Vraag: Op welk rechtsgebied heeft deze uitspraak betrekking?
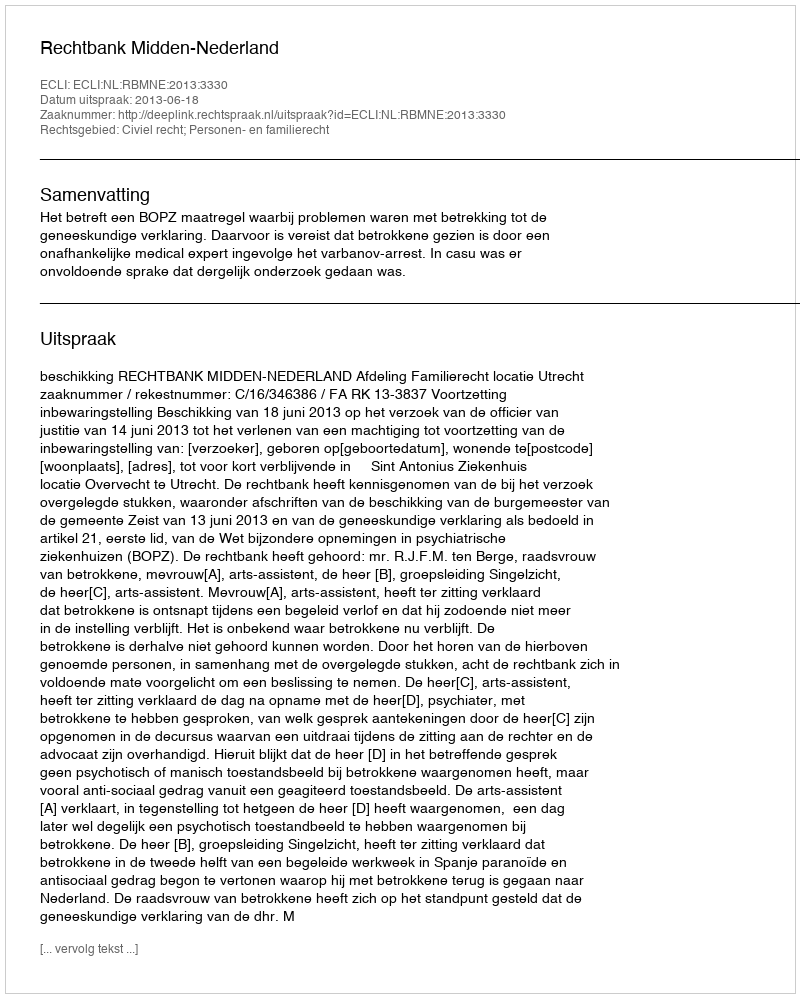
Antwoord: Civiel recht; Personen- en familierecht